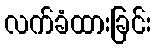
လက်ခံထားခြင်း